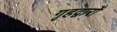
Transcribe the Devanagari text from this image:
गृहद्वारों